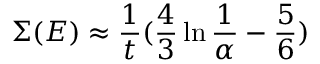
\Sigma ( E ) \approx \frac { 1 } { t } ( \frac { 4 } { 3 } \ln \frac { 1 } { \alpha } - \frac { 5 } { 6 } )